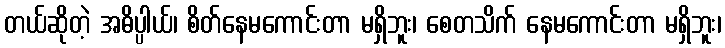
တယ်ဆိုတဲ့ အဓိပ္ပါယ်၊ စိတ်နေမကောင်းတာ မရှိဘူး၊ စေတသိက် နေမကောင်းတာ မရှိဘူး၊